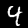
Label: 4